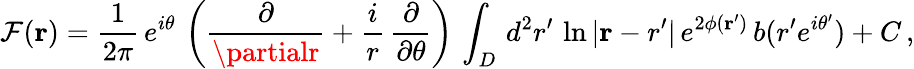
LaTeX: \mathcal{F}({\mathbf{r}})=\frac{{1}}{{2\pi}}\, e^{i\theta}\, \left(\frac{{\partial}}{{\partialr}}+\frac{{i}}{{r}}\, \frac{{\partial}}{{\partial\theta}}\right)\, \int_{D}\, d^{2}r^{\prime}\, \ln{|{\mathbf{r}-r^{\prime}}|}\, e^{2\phi({\mathbf{r}^{\prime}})}\, b(r^{\prime}e^{i\theta^{\prime}})+C\, ,